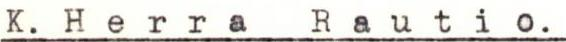
K. Herra Rautio.